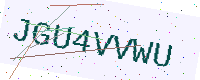
Text: JGU4VVWU